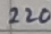
Text: 220